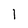
Character: I